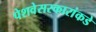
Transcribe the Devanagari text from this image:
पेशवेसरकारांकडे